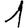
Digit: 1